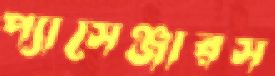
প্যাসেঞ্জারস